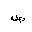
Letter: _sad